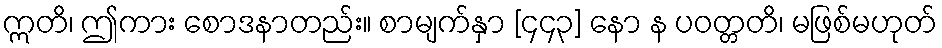
ဣတိ၊ ဤကား စောဒနာတည်း။ စာမျက်နှာ [၄၄၃] နော န ပဝတ္တတိ၊ မဖြစ်မဟုတ်